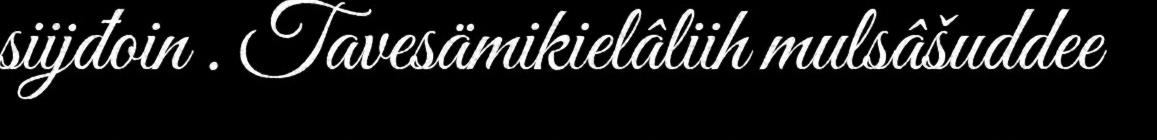
siijđoin . Tavesämikielâliih mulsâšuddee